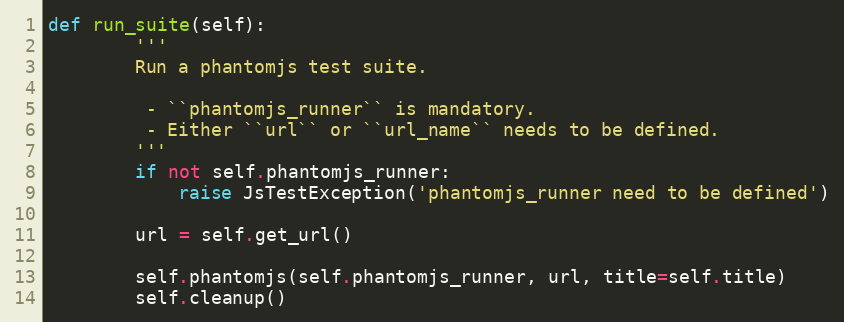
Language: Python
def run_suite(self):
        '''
        Run a phantomjs test suite.

         - ``phantomjs_runner`` is mandatory.
         - Either ``url`` or ``url_name`` needs to be defined.
        '''
        if not self.phantomjs_runner:
            raise JsTestException('phantomjs_runner need to be defined')

        url = self.get_url()

        self.phantomjs(self.phantomjs_runner, url, title=self.title)
        self.cleanup()